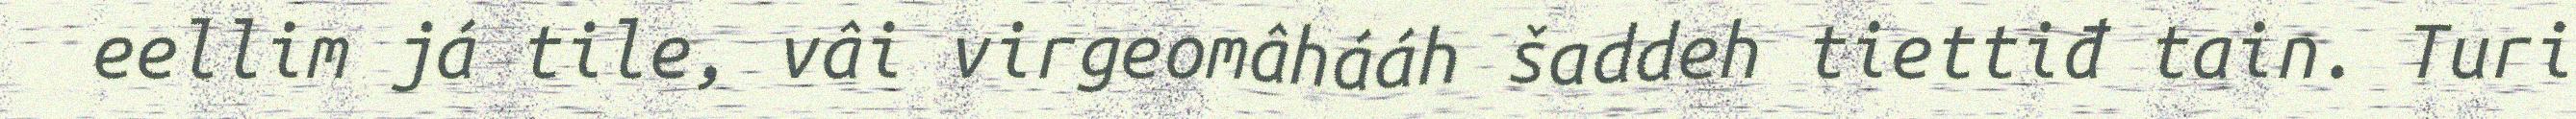
eellim já tile, vâi virgeomâhááh šaddeh tiettiđ tain. Turi